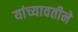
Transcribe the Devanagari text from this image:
यांच्यावतीने